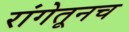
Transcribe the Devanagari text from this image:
रांगेतूनच